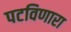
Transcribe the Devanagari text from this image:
पटविणारा